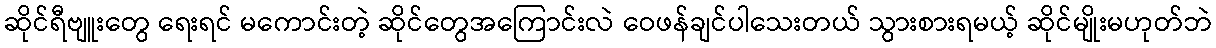
ဆိုင်ရီဗျူးတွေ ရေးရင် မကောင်းတဲ့ ဆိုင်တွေအကြောင်းလဲ ဝေဖန်ချင်ပါသေးတယ် သွားစားရမယ့် ဆိုင်မျိုးမဟုတ်ဘဲ